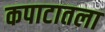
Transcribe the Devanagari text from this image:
कपाटातला